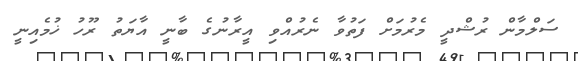
ސަލްމާން ރުޝްދީ މެރުމަށް ފަތުވާ ނެރުއްވި އީރާނުގެ ބާނީ އާޔަތު ރޫހު ޚުމެއިނީ